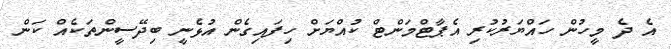
އެ ދެ މީހުން ހައްޔަރުކުރި އެޕާޓްމަންޓް ކުއްޔަށް ހިފައިގެން އުޅެނީ ބިދޭސީންތަކެއް ކަން